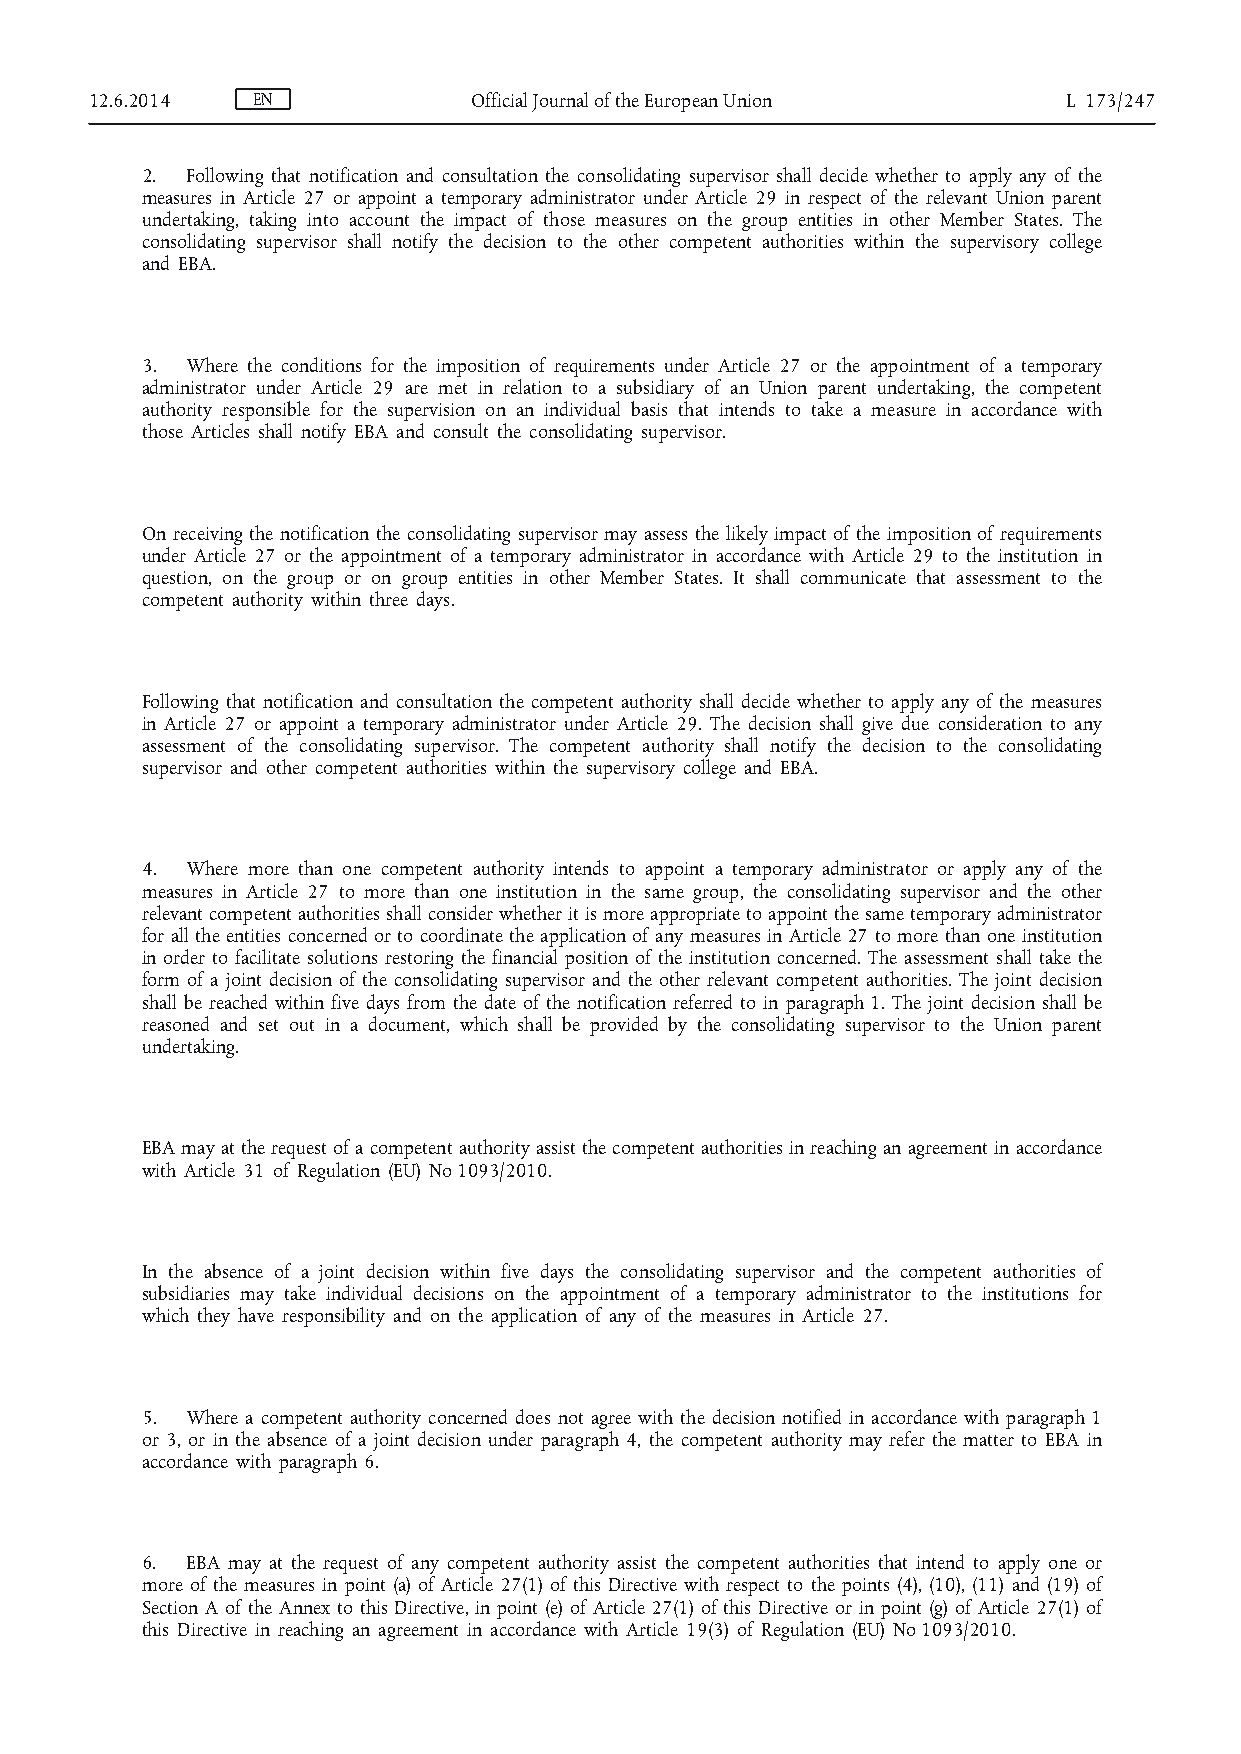
12.6.2014  EN            Official Journal of the European Union  L 173/247
 2. Following that notification and consultation the consolidating supervisor shall decide whether to apply any of the
 measures in Article 27 or appoint a temporary administrator under Article 29 in respect of the relevant Union parent
 undertaking, taking into account the impact of those measures on the group entities in other Member States. The
 consolidating supervisor shall notify the decision to the other competent authorities within the supervisory college
 and EBA.
 3. Where the conditions for the imposition of requirements under Article 27 or the appointment of a temporary
 administrator under Article 29 are met in relation to a subsidiary of an Union parent undertaking, the competent
 authority responsible for the supervision on an individual basis that intends to take a measure in accordance with
 those Articles shall notify EBA and consult the consolidating supervisor.
 On receiving the notification the consolidating supervisor may assess the likely impact of the imposition of requirements
 under Article 27 or the appointment of a temporary administrator in accordance with Article 29 to the institution in
 question, on the group or on group entities in other Member States. It shall communicate that assessment to the
 competent authority within three days.
 Following that notification and consultation the competent authority shall decide whether to apply any of the measures
 in Article 27 or appoint a temporary administrator under Article 29. The decision shall give due consideration to any
 assessment of the consolidating supervisor. The competent authority shall notify the decision to the consolidating
 supervisor and other competent authorities within the supervisory college and EBA.
 4. Where more than one competent authority intends to appoint a temporary administrator or apply any of the
 measures in Article 27 to more than one institution in the same group, the consolidating supervisor and the other
 relevant competent authorities shall consider whether it is more appropriate to appoint the same temporary administrator
 for all the entities concerned or to coordinate the application of any measures in Article 27 to more than one institution
 in order to facilitate solutions restoring the financial position of the institution concerned. The assessment shall take the
 form of a joint decision of the consolidating supervisor and the other relevant competent authorities. The joint decision
 shall be reached within five days from the date of the notification referred to in paragraph 1. The joint decision shall be
 reasoned and set out in a document, which shall be provided by the consolidating supervisor to the Union parent
 undertaking.
 EBA may at the request of a competent authority assist the competent authorities in reaching an agreement in accordance
 with Article 31 of Regulation (EU) No 1093/2010.
 In the absence of a joint decision within five days the consolidating supervisor and the competent authorities of
 subsidiaries may take individual decisions on the appointment of a temporary administrator to the institutions for
 which they have responsibility and on the application of any of the measures in Article 27.
 5. Where a competent authority concerned does not agree with the decision notified in accordance with paragraph 1
 or 3, or in the absence of a joint decision under paragraph 4, the competent authority may refer the matter to EBA in
 accordance with paragraph 6.
 6. EBA may at the request of any competent authority assist the competent authorities that intend to apply one or
 more of the measures in point (a) of Article 27(1) of this Directive with respect to the points (4), (10), (11) and (19) of
 Section A of the Annex to this Directive, in point (e) of Article 27(1) of this Directive or in point (g) of Article 27(1) of
 this Directive in reaching an agreement in accordance with Article 19(3) of Regulation (EU) No 1093/2010.